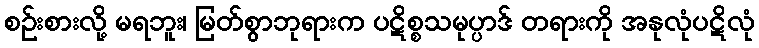
စဉ်းစားလို့ မရဘူး၊ မြတ်စွာဘုရားက ပဋိစ္စသမုပ္ပာဒ် တရားကို အနုလုံပဋိလုံ